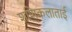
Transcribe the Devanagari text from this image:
शशिकलाताई